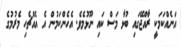
އަނެއްކަމަކީ ރާއްޖޭގައި ބުޅާ މަސް ކައި ނޫޅުމެވެ. އެހެންކަމުން އެ އެއްޗެހި މެރުމުގެ